Report on the cholera epidemic of
Year: 1868
Disease focus: Cholera
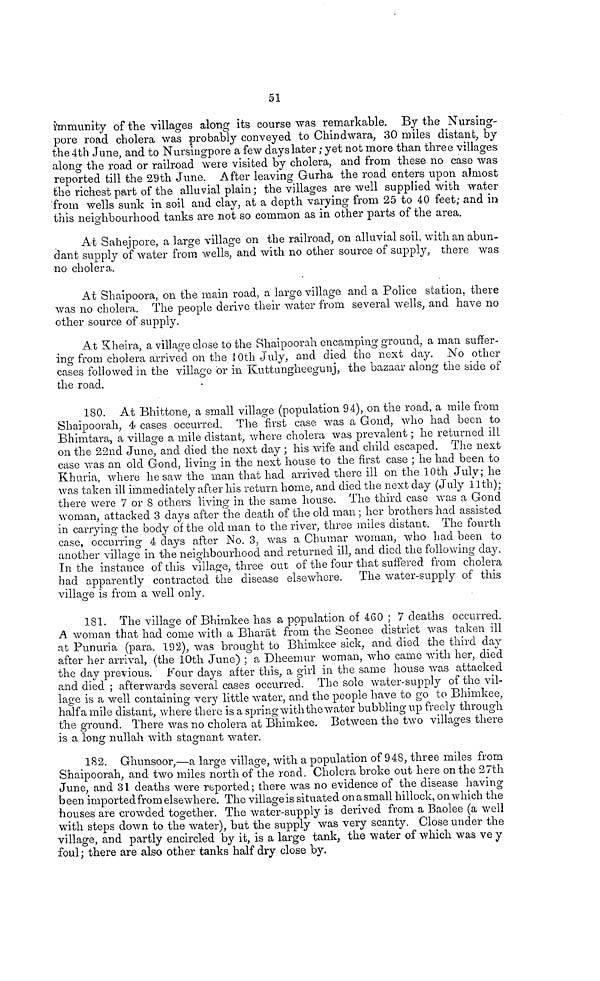
51
immunity of the villages along its course was remarkable. By the Nursing-
pore road cholera was probably conveyed to Chindwara, 30 miles distant, by
the 4th June, and to Nursingpore a few days later ; yet not more than three villages
along the road or railroad were visited by cholera, and from these no case was
reported till the 29th June. After leaving Gurha the road enters upon almost
the richest part of the alluvial plain ; the villages are well supplied with water
from wells sunk in soil and clay, at a depth varying from 25 to 40 feet; and in
this neighbourhood tanks are not so common as in other parts of the area.
At Sahejpore, a large village on the railroad, on alluvial soil, with an abun-
dant supply of water from wells, and with no other source of supply, there was
no cholera.
At Shaipoora, on the main road, a large village and a Police station, there
was no cholera. The people derive their water from several wells, and have no
other source of supply.
At Kheira, a village close to the Shaipoorah encamping ground, a man suffer-
ing from cholera arrived on the 10th July, and died the next day. No other
cases followed in the village or in Kuttungheegunj, the bazaar along the side of
the road.
180. At Bhittone, a small village (population 94), on the road, a mile from
Shaipoorah, 4 cases occurred. The first case was a Gond, who had been to
Bhimtara, a village a mile distant, where cholera was prevalent ; he returned ill
on the 22nd June, and died the next day ; his wife and child escaped. The next
case was an old Gond, living in the next house to the first case ; he had been to
Khuria,
where he saw the man that had arrived there ill on the 10th July; he
was taken ill immediately after his return home, and died the next day (July 11th);
there were 7 or 8 others living in the same house. The third case was a Gond
woman, attacked 3 days after the death of the old man ; her brothers had assisted
in carrying the body of the old man to the river, three miles distant. The fourth
case, occurring 4 days after No. 3, was a Chumar woman, who had been to
another village in the neighbourhood and returned ill, and died the following day.
In the instance of this village, three out of the four that suffered from cholera
had apparently contracted the disease elsewhere. The water-supply of this
village is from a well only.
181. The village of Bhimkee has a population of 460 ; 7 deaths occurred.
A woman that had come with a Bharat from the Seonee district was taken ill
at Punuria (para. 192), was brought to Bhimkee sick, and died the third day
after her arrival, (the 10th June) ; a Dheemur woman, who came with her, died
the day previous. Four days after this, a girl in the same house was attacked
and died ; afterwards several cases occurred. The sole water-supply of the vil-
lage is a well containing very little water, and the people have to go to Bhimkee,
half a mile distant, where there is a spring with the water bubbling up freely through
the ground. There was no cholera at Bhimkee. Between the two villages there
is a long nullah with stagnant water.
182. Ghunsoor,—a large village, with a population of 948, three miles from
Shaipoorah, and two miles north of the road. Cholera broke out here on the 27th
June, and 31 deaths were imported; there was no evidence of the disease having
been imported from elsewhere. The village is situated on a small hillock, on which the
houses are crowded together. The water-supply is derived from a Baolee (a well
with steps down to the water), but the supply was very scanty. Close under the
village, and partly encircled by it, is a large tank, the water of which was ve y
foul; there are also other tanks half dry close by.